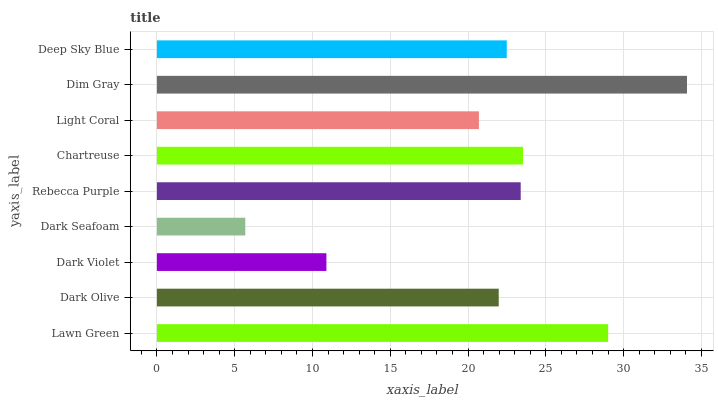
| yaxis_label | bars |
 | --- | --- |
 | Lawn Green | 29 |
 | Dark Olive | 22 |
 | Dark Violet | 10.9 |
 | Dark Seafoam | 5.68 |
 | Rebecca Purple | 23.4 |
 | Chartreuse | 23.5 |
 | Light Coral | 20.7 |
 | Dim Gray | 34.1 |
 | Deep Sky Blue | 22.5 |